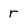
Character: r